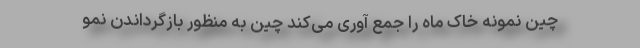
چین نمونه‌ خاک ماه را جمع آوری می‌کند چین به منظور بازگرداندن نمو